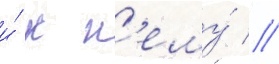
и́ к н'ему́ //